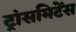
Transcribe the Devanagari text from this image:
ट्रांसमिटेंस